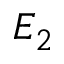
E _ { 2 }